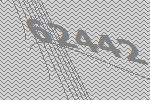
62442